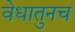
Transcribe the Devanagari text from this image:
वेधातुनच